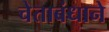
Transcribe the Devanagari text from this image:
चेताबंधाने